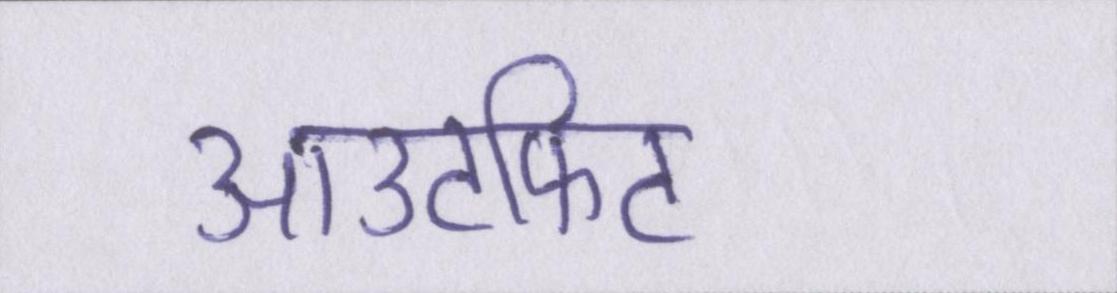
आउटफिट